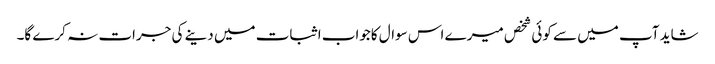
شاید آپ میں سے کوئی شخص میرے اس سوال کاجواب اثبات میں دینے کی جرات نہ کرے گا۔